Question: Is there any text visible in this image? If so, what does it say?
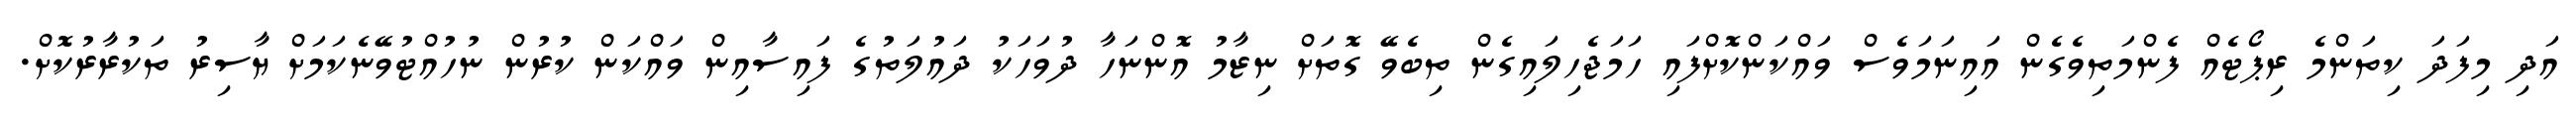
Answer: އަދި މިފަދަ ކިތަންމެ ރިޕޯޓެއް ފެންމަތިވެގެން އައިނަމަވެސް ވައްކަންކޮށްފައި ހަމަޖެހިލައިގެން ތިބެވޭ ގޮތަށް ނިޒާމު އޮންނަހާ ދުވަހަކު ދައުލަތުގެ ފައިސާއިން ވައްކަން ކުރުން ނުހުއްޓުވޭނެކަމަށް ޔާސިރު ތަކުރާރުކޮށް.